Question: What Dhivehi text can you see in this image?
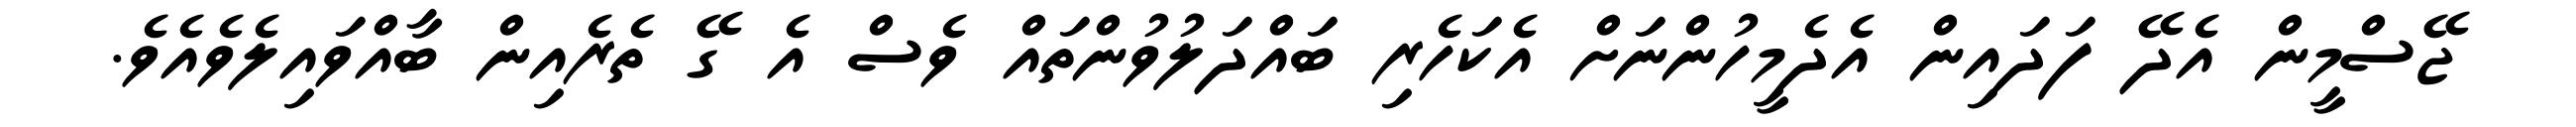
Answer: ޖޭސްމީން އެދޭ ފަދައިން އެދެމީހުންނަށް އެކަހެރި ބައްދަލުވުންތައް ވެސް އެ ގޭ ތެރެއިން ބާއްވައިލެވެއެވެ.